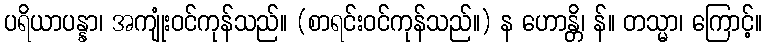
ပရိယာပန္နာ၊ အကျုံးဝင်ကုန်သည်။ (စာရင်းဝင်ကုန်သည်။) န ဟောန္တိ၊ န်။ တသ္မာ၊ ကြောင့်။